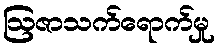
ဩဇာသက်ရောက်မှု